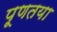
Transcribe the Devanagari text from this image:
पूणतया